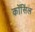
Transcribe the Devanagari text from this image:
कॉसिंल